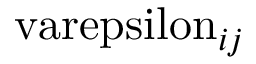
\mathrm { \ v a r e p s i l o n } _ { i j }